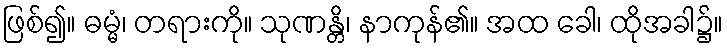
ဖြစ်၍။ ဓမ္မံ၊ တရားကို။ သုဏန္တိ၊ နာကုန်၏။ အထ ခေါ၊ ထိုအခါ၌။